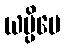
ယမ္ပိပေ